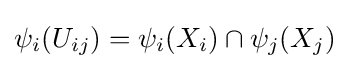
\psi _{i}(U_{ij})=\psi _{i}(X_{i})\cap \psi _{j}(X_{j})